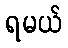
ရမယ်